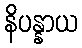
နိပန္နာယ